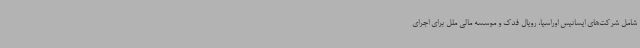
شامل شرکت‌های ایساتیس اوراسیا، رویال فدک و موسسه مالی ملل برای اجرای